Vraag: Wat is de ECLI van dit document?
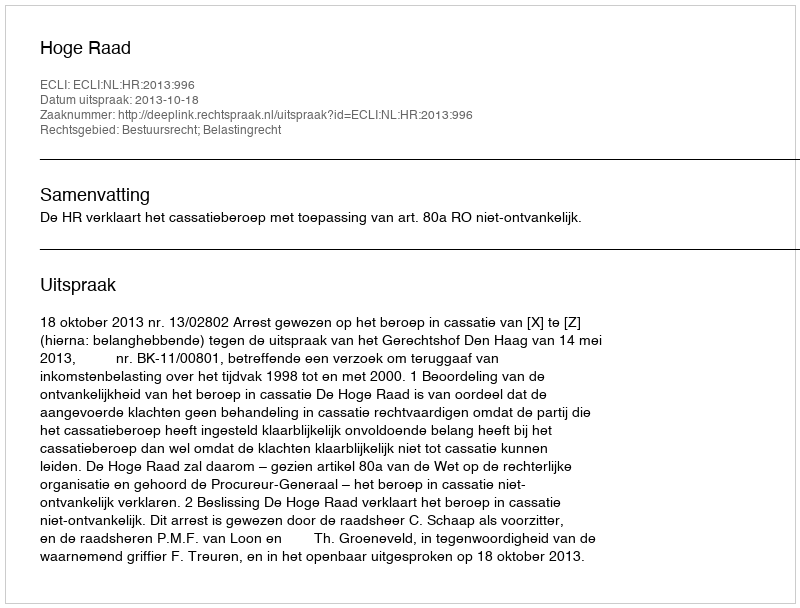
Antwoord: ECLI:NL:HR:2013:996